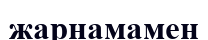
жарнамамен